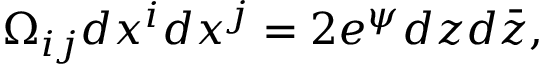
\Omega _ { i j } d x ^ { i } d x ^ { j } = 2 e ^ { \psi } d z d \bar { z } ,